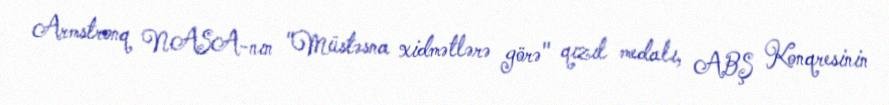
Armstronq NASA-nın "Müstəsna xidmətlərə görə" qızıl medalı, ABŞ Konqresinin